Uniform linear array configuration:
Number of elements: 12
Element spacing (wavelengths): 1
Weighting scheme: blackman
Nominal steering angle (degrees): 45
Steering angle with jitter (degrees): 44.345
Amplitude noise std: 0.05
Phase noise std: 0.05

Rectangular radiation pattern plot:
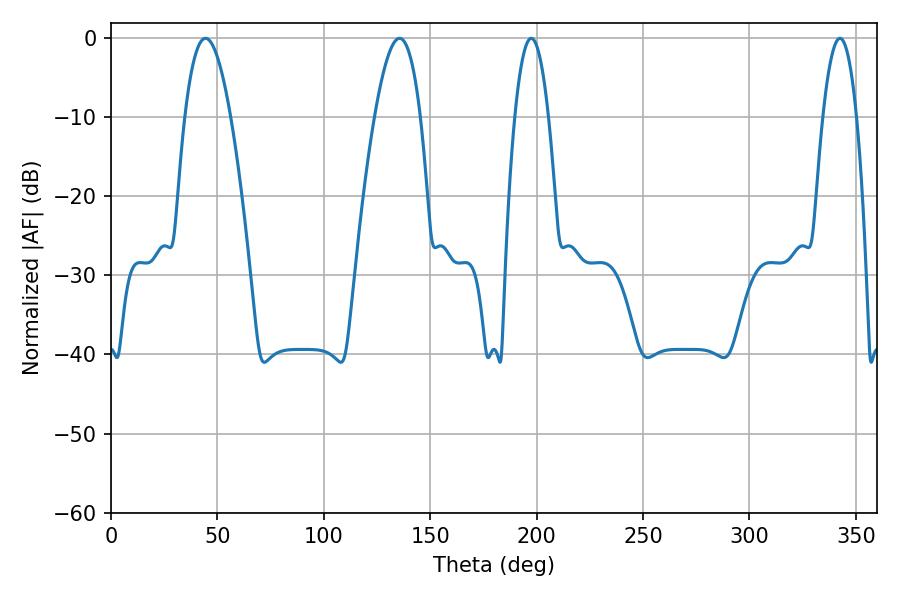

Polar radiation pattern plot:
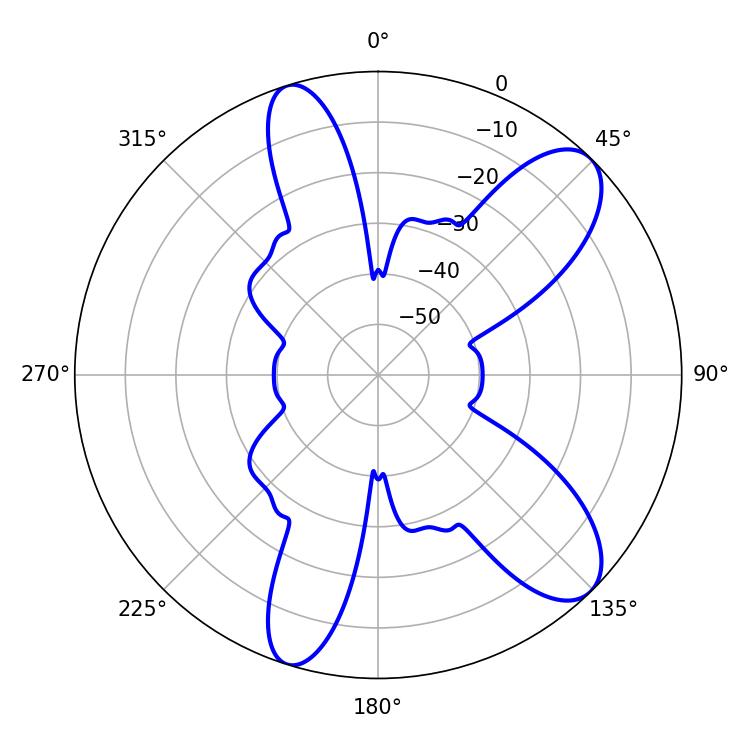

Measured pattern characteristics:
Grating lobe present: TRUE
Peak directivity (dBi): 9.731
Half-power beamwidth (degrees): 8.82
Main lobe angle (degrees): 197.46